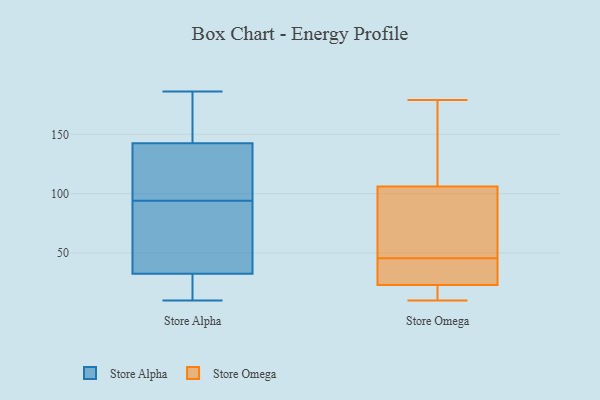
{"axis": {"x": "Website Visitors", "y": "Value"}, "legend": ["Store Alpha", "Store Omega"], "data": [{"x": "", "y": 186, "type": "Store Alpha"}, {"x": "", "y": 23, "type": "Store Alpha"}, {"x": "", "y": 14, "type": "Store Alpha"}, {"x": "", "y": 10, "type": "Store Alpha"}, {"x": "", "y": 73, "type": "Store Alpha"}, {"x": "", "y": 142, "type": "Store Alpha"}, {"x": "", "y": 124, "type": "Store Alpha"}, {"x": "", "y": 99, "type": "Store Alpha"}, {"x": "", "y": 59, "type": "Store Alpha"}, {"x": "", "y": 184, "type": "Store Alpha"}, {"x": "", "y": 173, "type": "Store Alpha"}, {"x": "", "y": 143, "type": "Store Alpha"}, {"x": "", "y": 23, "type": "Store Alpha"}, {"x": "", "y": 105, "type": "Store Alpha"}, {"x": "", "y": 89, "type": "Store Alpha"}, {"x": "", "y": 42, "type": "Store Alpha"}, {"x": "", "y": 100, "type": "Store Omega"}, {"x": "", "y": 24, "type": "Store Omega"}, {"x": "", "y": 112, "type": "Store Omega"}, {"x": "", "y": 179, "type": "Store Omega"}, {"x": "", "y": 22, "type": "Store Omega"}, {"x": "", "y": 61, "type": "Store Omega"}, {"x": "", "y": 45, "type": "Store Omega"}, {"x": "", "y": 46, "type": "Store Omega"}, {"x": "", "y": 21, "type": "Store Omega"}, {"x": "", "y": 144, "type": "Store Omega"}, {"x": "", "y": 63, "type": "Store Omega"}, {"x": "", "y": 28, "type": "Store Omega"}, {"x": "", "y": 19, "type": "Store Omega"}, {"x": "", "y": 113, "type": "Store Omega"}, {"x": "", "y": 10, "type": "Store Omega"}, {"x": "", "y": 38, "type": "Store Omega"}]}